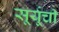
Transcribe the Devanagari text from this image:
सूर्यूची